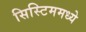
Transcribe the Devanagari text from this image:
सिस्टिममध्ये